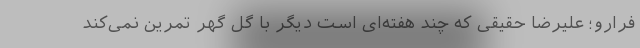
فرارو؛ علیرضا حقیقی که چند هفته‌ای است دیگر با گل گهر تمرین نمی‌کند